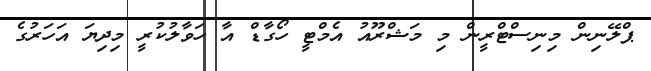
ޕްލޭނިން މިނިސްޓްރީން މި މަޝްރޫއު އެމްޓީ ހޯގާޑް އާ ހަވާލުކުރީ މިދިޔަ އަހަރުގެ